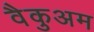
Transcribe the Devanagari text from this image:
वैकुअम